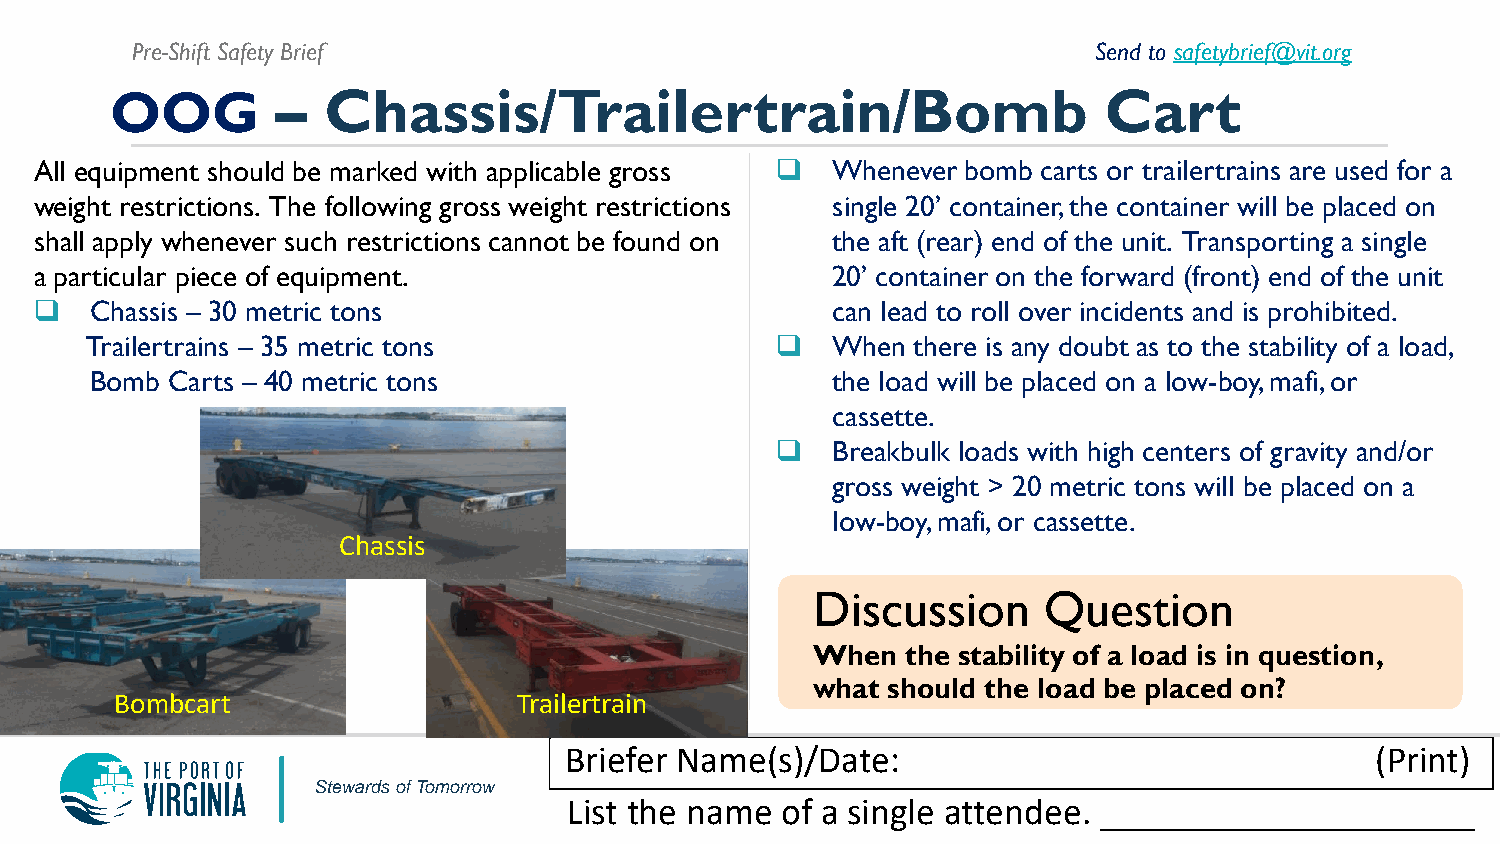
Pre-Shift Safety Brief                                          Send to safetybrief@vit.org
 OOG        –  Chassis/Trailertrain/Bomb                           Cart
 All equipment should be marked with applicable gross  Whenever bomb carts or trailertrains are used for a
 weight restrictions. The following gross weight restrictions single 20’ container, the container will be placed on
 shall apply whenever such restrictions cannot be found on the aft (rear) end of the unit. Transporting a single
 a particular piece of equipment.                     20’ container on the forward (front) end of the unit
    Chassis – 30 metric tons                         can lead to roll over incidents and is prohibited.
 Trailertrains – 35 metric tons                  When  there is any doubt as to the stability of a load,
 Bomb Carts – 40 metric tons                      the load will be placed on a low-boy, mafi, or
 cassette.
    Breakbulk loads with high centers of gravity and/or
 gross weight > 20 metric tons will be placed on a
 low-boy, mafi, or cassette.
 Chassis
 Discussion     Question
 When  the stability of a load is in question,
 what should the load be placed on?
 Bombcart                  Trailertrain
 Briefer Name(s)/Date:                                 (Print)
 Stewards of Tomorrow
 List the name of a single attendee. ____________________